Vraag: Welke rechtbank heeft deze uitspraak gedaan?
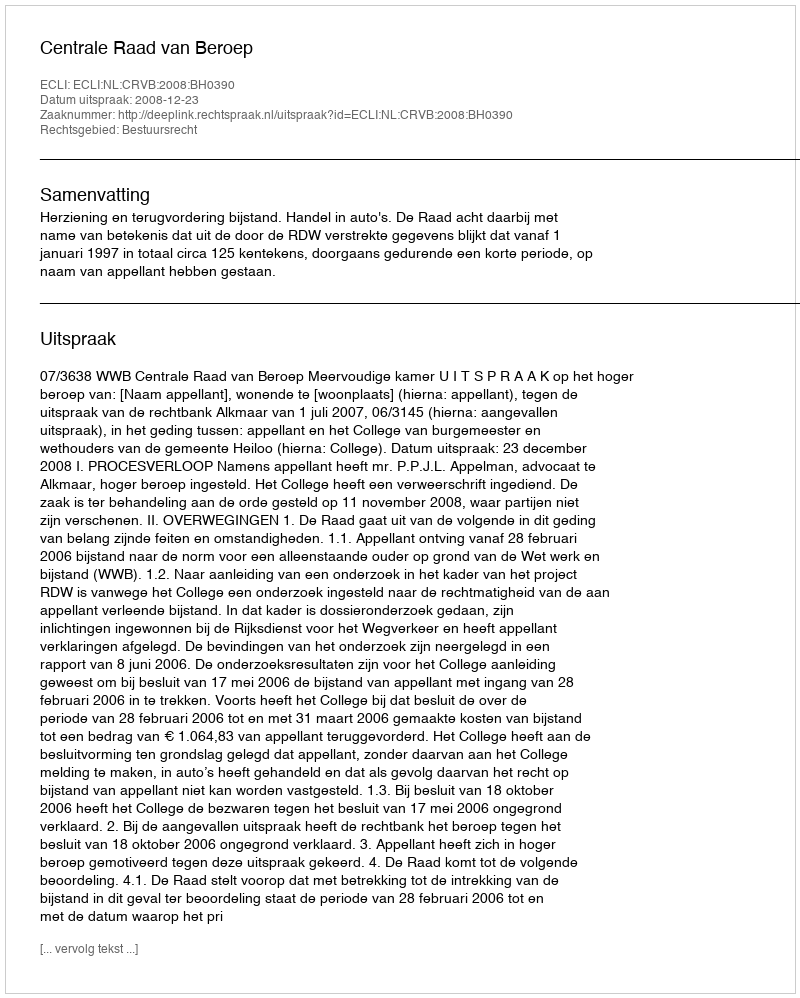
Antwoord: Centrale Raad van Beroep